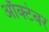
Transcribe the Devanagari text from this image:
आॅक्टेबर